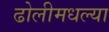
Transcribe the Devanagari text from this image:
ढोलीमधल्या